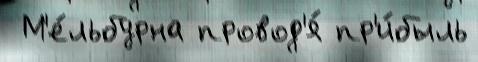
 М'е́льбурна провод'я́ пр'и́быль